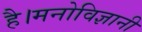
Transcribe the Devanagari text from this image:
है।मनोविज्ञानी